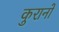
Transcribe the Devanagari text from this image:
कुरानों